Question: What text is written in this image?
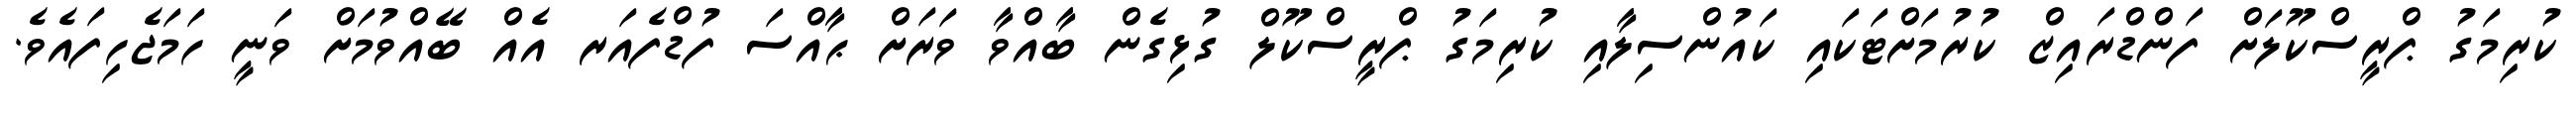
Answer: ކުރިމަގު ޕްރީސްކޫލަށް ފަންޑްރައިޒް ކުރުމަށްޓަކައި ކައުންސިލާއި ކުރިމަގު ޕްރީސްކޫލް ގުޅިގެން ބާއްވާ ވަރަށް ޙާއްސަ ފުޑްފެއަރ އެއް ބޭއްވުމަށް ވަނީ ހަމަޖެހިފައެވެ.